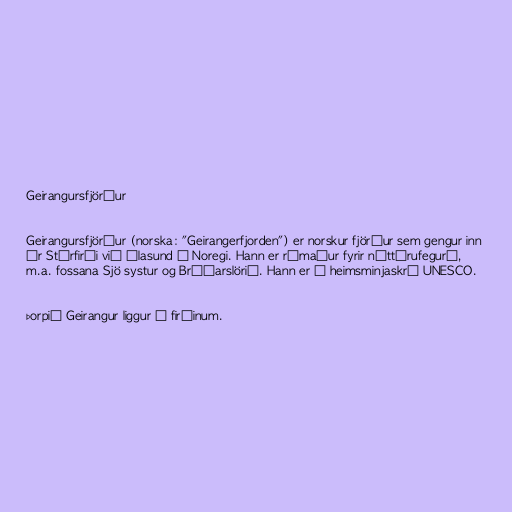
Geirangursfjörður

Geirangursfjörður (norska: "Geirangerfjorden") er norskur fjörður sem gengur inn
úr Stórfirði við Álasund í Noregi. Hann er rómaður fyrir náttúrufegurð,
m.a. fossana Sjö systur og Brúðarslörið. Hann er á heimsminjaskrá UNESCO.

Þorpið Geirangur liggur í firðinum.